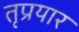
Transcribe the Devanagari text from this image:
तृप्रयार